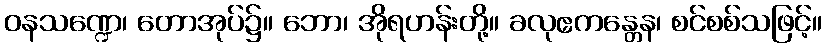
ဝနသဏ္ဍေ၊ တောအုပ်၌။ ဘော၊ အိုရဟန်းတို့။ ခလုဧကန္တေန၊ စင်စစ်သဖြင့်။